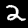
Label: 2